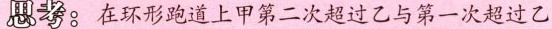
思考：在环形跑道上甲第二次超过乙与第一次超过乙